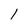
Character: l